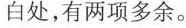
白处,有两项多余。